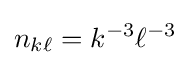
n_{k\ell }=k^{-3}\ell ^{-3}